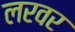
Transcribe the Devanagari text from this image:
लरवर